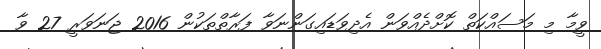
ވީމާ މި މަސައްކަތް ކޮށްދެއްވަން އެދިވަޑައިގަންނަވާ ފަރާތްތަކުން 2016 ޖަނަވަރީ 27 ވާ